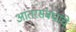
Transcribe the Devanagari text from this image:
आंतरसंबंधांचे